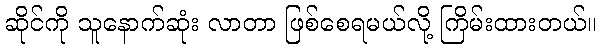
ဆိုင်ကို သူနောက်ဆုံး လာတာ ဖြစ်စေရမယ်လို့ ကြိမ်းထားတယ်။